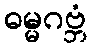
ဓမ္မဂဗ္ဘံ